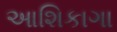
આશિકાગા